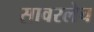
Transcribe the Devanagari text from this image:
सावरलेच